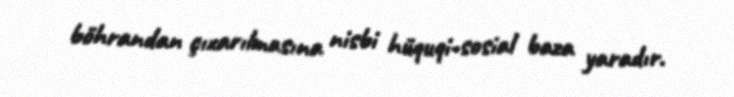
böhrandan çıxarılmasına nisbi hüquqi-sosial baza yaradır.